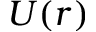
U ( r )